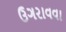
ઉગરાવવા